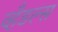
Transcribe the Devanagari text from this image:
व्हँडल्स